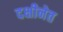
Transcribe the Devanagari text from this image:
दक्षीनेत